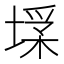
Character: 𡎽